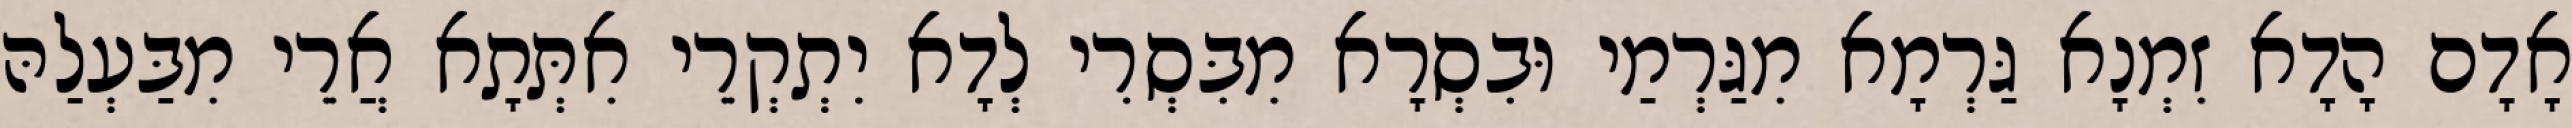
אָדָם הָדָא זִמְנָא גַּרְמָא מִגַּרְמַי וּבִסְרָא מִבִּסְרִי לְדָא יִתְקְרֵי אִתְּתָא אֲרֵי מִבַּעְלַהּ